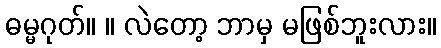
ဓမ္မဂုတ်။ ။ လဲတော့ ဘာမှ မဖြစ်ဘူးလား။